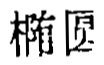
椭圆